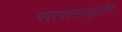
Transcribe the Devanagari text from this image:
परस्परसमजुतीने